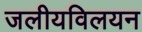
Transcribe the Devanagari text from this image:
जलीयविलयन